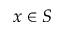
x \in S